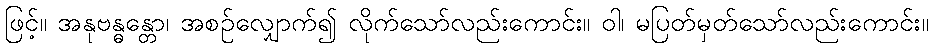
ဖြင့်။ အနုဗန္ဓန္တော၊ အစဉ်လျှောက်၍ လိုက်သော်လည်းကောင်း။ ဝါ၊ မပြတ်မှတ်သော်လည်းကောင်း။